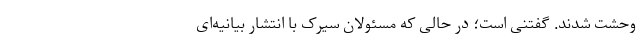
وحشت شدند. گفتنی است؛ در حالی که مسئولان سیرک با انتشار بیانیه‌ای